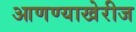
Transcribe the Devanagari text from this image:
आणण्याखेरीज